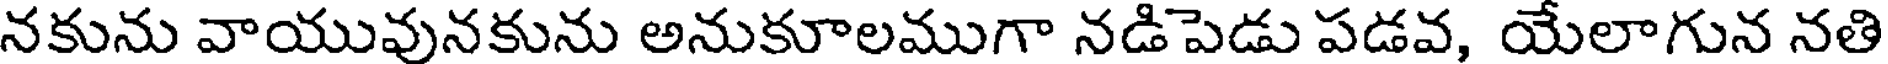
నకును వాయువునకును అనుకూలముగా నడిపెడు పడవ, యేలాగున నతి